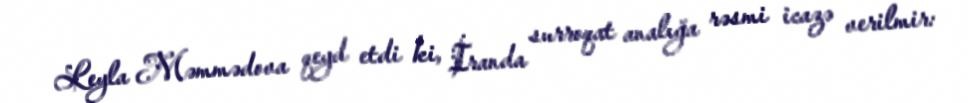
Leyla Məmmədova qeyd etdi ki, İranda surroqat analığa rəsmi icazə verilmir: